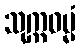
သုက္ကဓမ္မံ